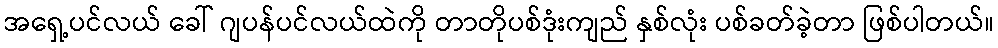
အရှေ့ပင်လယ် ခေါ် ဂျပန်ပင်လယ်ထဲကို တာတိုပစ်ဒုံးကျည် နှစ်လုံး ပစ်ခတ်ခဲ့တာ ဖြစ်ပါတယ်။